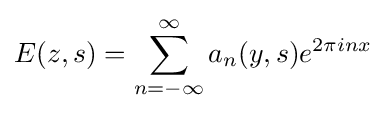
E(z,s)=\sum _{n=-\infty }^{\infty }a_{n}(y,s)e^{2\pi inx}